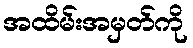
အထိမ်းအမှတ်ကို